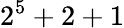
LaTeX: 2^{5}+2+1